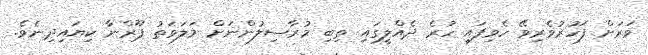
ވަރަށް ފަހުރުވެރިވޭ ހެވިފައި ހުރެ ދެއްލީގައި ތިބި މުރާސިލުންނަށް މަލަވަތު ޕޫރްނާ ކިޔައިދިނެވެ.